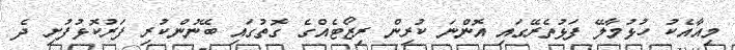
މިއާއެކު ހުޅުމާލޭ ފަޅުތެރޭގައި އޮންނަ ކުރިން ރިޒޯޓެއްގެ ގޮތުގައި ބޭނުންކުރި ފަރުކޮޅުފުށި ދެ